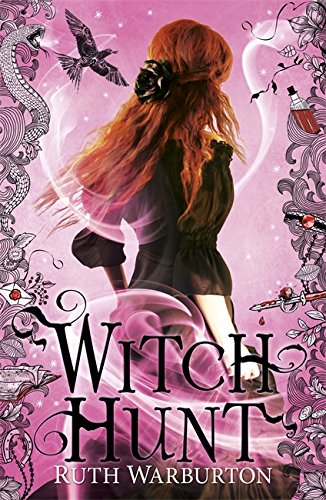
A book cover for Witch Hunt (Witch Finder); Ruth Warburton; Teen & Young Adult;